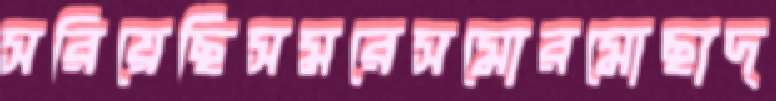
সরিয়েছিসমরেসমোরমোছাদ্